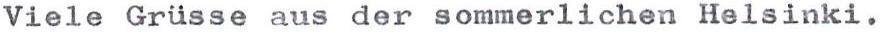
Viele Grüsse aus der sommerlichen Helsinki.